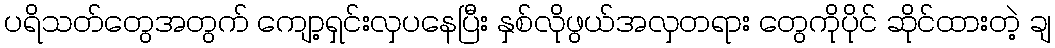
ပရိသတ်တွေအတွက် ကျော့ရှင်းလှပနေပြီး နှစ်လိုဖွယ်အလှတရား တွေကိုပိုင် ဆိုင်ထားတဲ့ ချ